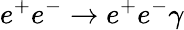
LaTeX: e^{+}e^{-}\rightarrow e^{+}e^{-}\gamma